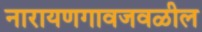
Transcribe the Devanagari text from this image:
नारायणगावजवळील